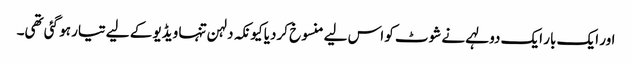
اور ایک بار ایک دولہے نے شوٹ کو اس لیے منسوخ کردیا کیونکہ دلہن تنہا ویڈیو کے لیے تیار ہو گئی تھی۔